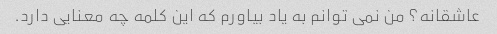
عاشقانه؟ من نمی توانم به یاد بیاورم که این کلمه چه معنایی دارد.